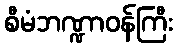
စီမံဘဏ္ဍာဝန်ကြီး